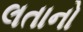
લતાનો